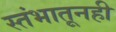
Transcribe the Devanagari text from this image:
स्तंभातूनही